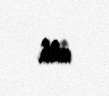
edib.